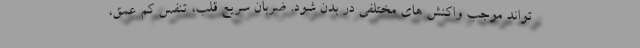
تواند موجب واکنش های مختلفی در بدن شود. ضربان سریع قلب، تنفس کم عمق،